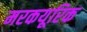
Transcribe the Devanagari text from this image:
मरकयूरिक